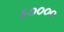
૯૦૦૦૦